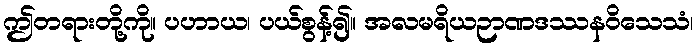
ဤတရားတို့ကို။ ပဟာယ၊ ပယ်စွန့်၍။ အလမရိယဉာဏဒဿနဝိသေသံ၊